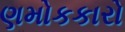
ણમોકકારો